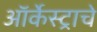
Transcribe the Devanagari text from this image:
ऑर्केस्ट्राचे